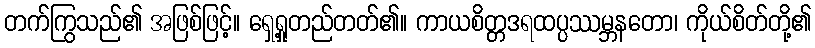
တက်ကြွသည်၏ အဖြစ်ဖြင့်။ ရှေ့ရှုတည်တတ်၏။ ကာယစိတ္တဒရထပ္ပဿမ္ဘနတော၊ ကိုယ်စိတ်တို့၏